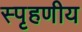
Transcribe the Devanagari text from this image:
स्‍पृहणीय